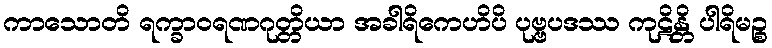
ကာသောတိ ရက္ခာဝရဏဂုတ္တိယာ အခါရိကေဟိပိ ပုဗ္ဗပဒဿ ကုဋိန္တိ ပါရိမဉ္စ